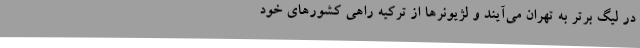
در لیگ برتر به تهران می‌آیند و لژیونرها از ترکیه راهی کشورهای خود